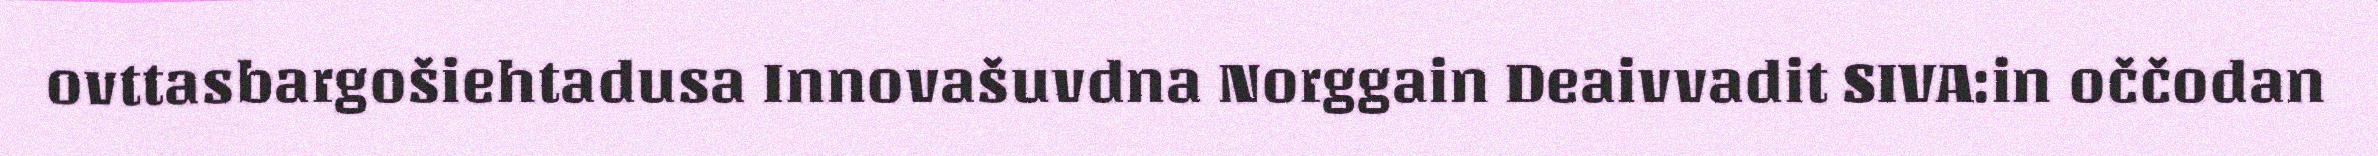
ovttasbargošiehtadusa Innovašuvdna Norggain Deaivvadit SIVA:in oččodan